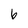
Character: 6